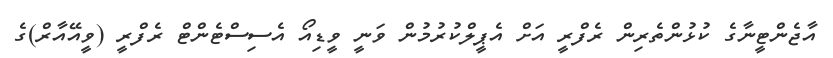
އާޖެންޓީނާގެ ކުޅުންތެރިން ރެފްރީ އަށް އެޕީލްކުރުމުން ވަނީ ވީޑިއޯ އެސިސްޓެންޓް ރެފްރީ (ވީއޭއާރް)ގެ